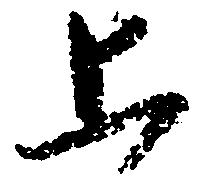
上